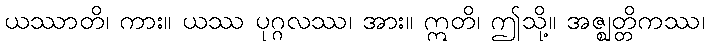
ယဿာတိ၊ ကား။ ယဿ ပုဂ္ဂလဿ၊ အား။ ဣတိ၊ ဤသို့။ အဇ္ဈတ္တိကဿ၊